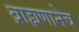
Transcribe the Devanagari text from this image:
ब्राह्मणानेच